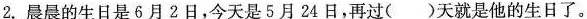
2.晨晨的生日是6月2日，今天是5月24日，再过( )天就是他的生日了。